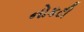
નોકટી